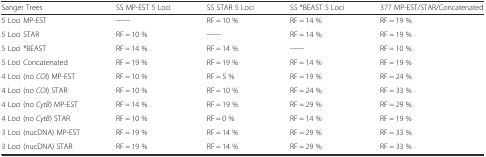
| Sanger Trees | SS MP-EST 5 Loci | SS STAR 5 Loci | SS *BEAST 5 Loci | 377 MP-EST/STAR/Concatenated |
 | --- | --- | --- | --- | --- |
 | 5 Loci MP-EST | ------ | RF = 10 % | RF = 14 % | RF = 19 % |
 | 5 Loci STAR | RF = 10 % | ------ | RF = 14 % | RF = 19 % |
 | 5 Loci *BEAST | RF = 14 % | RF = 14 % | ------ | RF = 10 % |
 | 5 Loci Concatenated | RF = 19 % | RF = 19 % | RF = 14 % | RF = 19 % |
 | 4 Loci (no COI) MP-EST | RF = 10 % | RF = 5 % | RF = 19 % | RF = 24 % |
 | 4 Loci (no COI) STAR | RF = 10 % | RF = 10 % | RF = 24 % | RF = 33 % |
 | 4 Loci (no CytB) MP-EST | RF = 14 % | RF = 19 % | RF = 29 % | RF = 29 % |
 | 4 Loci (no CytB) STAR | RF = 10 % | RF = 0 % | RF = 14 % | RF = 19 % |
 | 3 Loci (nucDNA) MP-EST | RF = 19 % | RF = 14 % | RF = 29 % | RF = 33 % |
 | 3 Loci (nucDNA) STAR | RF = 19 % | RF = 14 % | RF = 29 % | RF = 33 % |